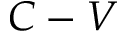
C - V